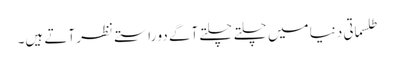
طلسماتی دنیا میں چلتے چلتے آگے دو راستے نظر آتے ہیں۔